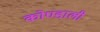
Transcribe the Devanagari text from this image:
कोण्डाली